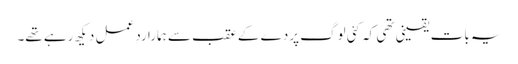
یہ بات یقینی تھی کہ کئی لوگ پردے کے عقب سے ہمارا ردِ عمل دیکھ رہے تھے۔